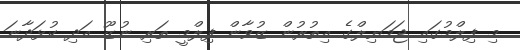
މި ފިލްމުގައި ޖަމަޔިލްގެ އިތުރުން ޒުވާން ފިލްމީ ތަރި ނުޒޫ އަދި ކުޅަދާނަ